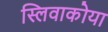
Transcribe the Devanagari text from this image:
स्लिवाकोया